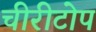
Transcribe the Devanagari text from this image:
चीरीटोप